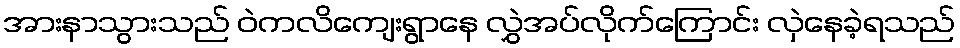
အားနာသွားသည် ဝဲကလိကျေးရွာနေ လွှဲအပ်လိုက်ကြောင်း လှဲနေခဲ့ရသည်